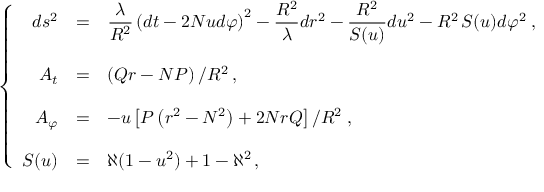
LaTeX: \left\{ \begin{array} { r c l } { { d s ^ { 2 } } } & { { = } } & { { { \displaystyle \frac { \lambda } { R ^ { 2 } } } \left( d t - 2 N u d \varphi \right) ^ { 2 } - { \displaystyle \frac { R ^ { 2 } } { \lambda } } d r ^ { 2 } - { \displaystyle \frac { R ^ { 2 } } { S ( u ) } } d u ^ { 2 } - R ^ { 2 } \, S ( u ) d \varphi ^ { 2 } \; , } } \\ { { } } & { { } } & { { } } \\ { { A _ { t } } } & { { = } } & { { \left( Q r - N P \right) / R ^ { 2 } \, , } } \\ { { } } & { { } } & { { } } \\ { { A _ { \varphi } } } & { { = } } & { { - u \left[ P \left( r ^ { 2 } - N ^ { 2 } \right) + 2 N r Q \right] / R ^ { 2 } \; , } } \\ { { } } & { { } } & { { } } \\ { { S ( u ) } } & { { = } } & { { \aleph ( 1 - u ^ { 2 } ) + 1 - \aleph ^ { 2 } \, , } } \end{array} \right.